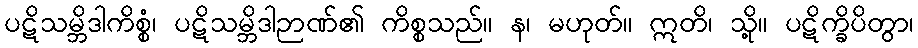
ပဋိသမ္ဘိဒါကိစ္စံ၊ ပဋိသမ္ဘိဒါဉာဏ်၏ ကိစ္စသည်။ န၊ မဟုတ်။ ဣတိ၊ သို့။ ပဋိက္ခိပိတွာ၊